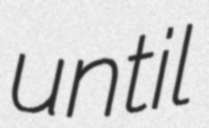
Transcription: until